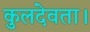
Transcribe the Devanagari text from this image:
कुलदेवता।